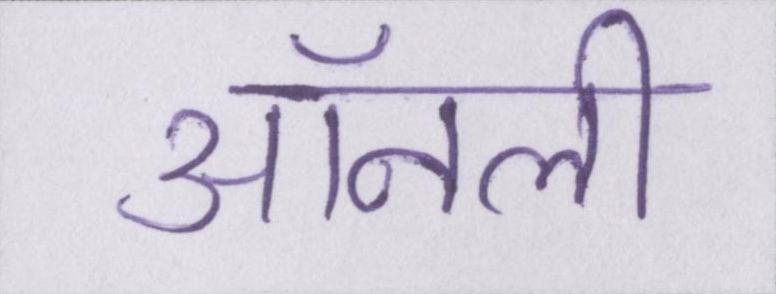
ऑनली